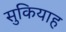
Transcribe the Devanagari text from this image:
सुकियाह